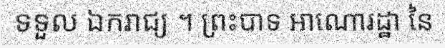
ទទួល ឯករាជ្យ ។ ព្រះបាទ អាណោរដ្ឋា នៃ